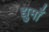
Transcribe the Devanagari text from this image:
द्युमाँ